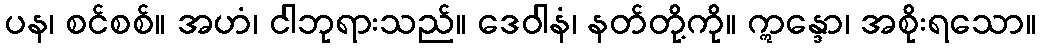
ပန၊ စင်စစ်။ အဟံ၊ ငါဘုရားသည်။ ဒေဝါနံ၊ နတ်တို့ကို။ ဣန္ဒော၊ အစိုးရသော။